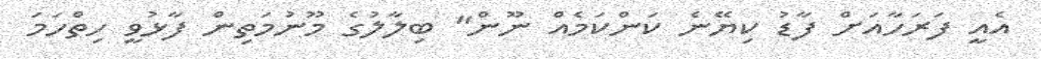
އެއީ ފަރަހާއަށް ފާޑު ކިޔޭނެ ކަންކަމެއް ނޫން" ބިލާލުގެ މޫނުމަތިން ފާޅުވީ ހިތްހަމަ